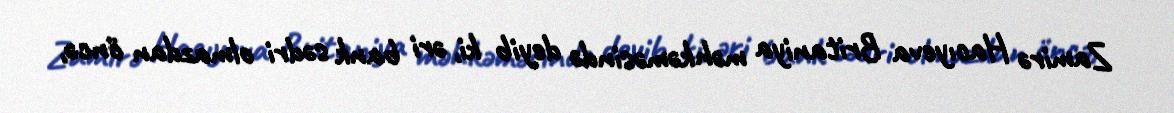
Zamirə Hacıyeva Britaniya məhkəməsində deyib ki, əri bank sədri olmazdan öncə,